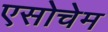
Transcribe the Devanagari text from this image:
एसोचेम